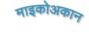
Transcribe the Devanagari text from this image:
माइकोअकान